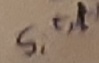
Text: s,t,l